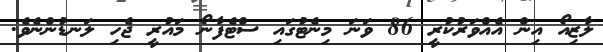
ލާޒިއޯ އިން އެއްވަރުކުރީ 86 ވަނަ މިނެޓުގައި ސްޓެފާނޯ މައުރީ ޖެހި ލަނޑުންނެވެ.